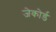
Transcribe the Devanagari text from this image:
जेकोर्ड